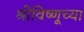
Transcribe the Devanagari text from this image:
श्रीविष्णूच्या